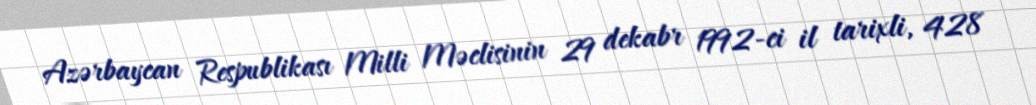
Azərbaycan Respublikası Milli Məclisinin 29 dekabr 1992-ci il tarixli, 428